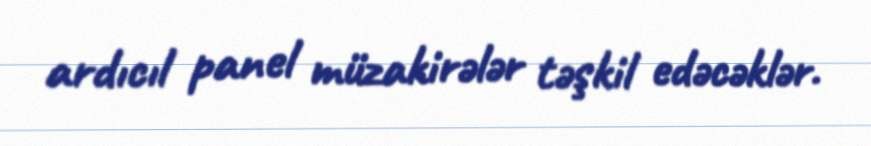
ardıcıl panel müzakirələr təşkil edəcəklər.